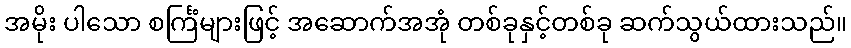
အမိုး ပါသော စင်္ကြံများဖြင့် အဆောက်အအုံ တစ်ခုနှင့်တစ်ခု ဆက်သွယ်ထားသည်။